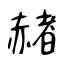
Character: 赭